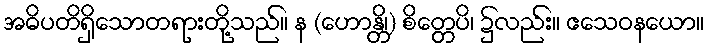
အဓိပတိရှိသောတရားတို့သည်။ န (ဟောန္တိ၊) စိတ္တေပိ၊ ၌လည်း။ ဧသေဝနယော။